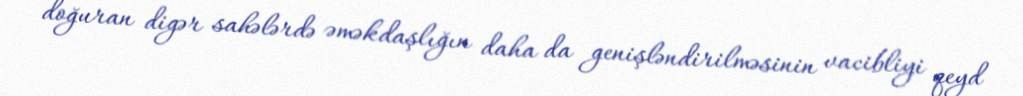
doğuran digər sahələrdə əməkdaşlığın daha da genişləndirilməsinin vacibliyi qeyd